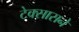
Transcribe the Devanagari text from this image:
टेक्सासने